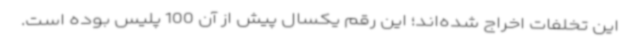
این تخلفات اخراج شده‌اند؛ این رقم یکسال پیش از آن 100 پلیس بوده است.